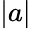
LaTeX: |a|